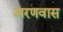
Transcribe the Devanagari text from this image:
अरणवास